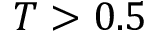
T > 0 . 5